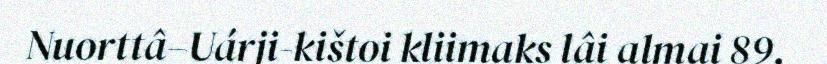
Nuorttâ–Uárji-kištoi kliimaks lâi almai 89.